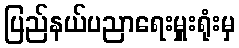
ပြည်နယ်ပညာရေးမှူးရုံးမှ